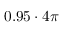
0 . 9 5 \cdot 4 \pi